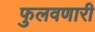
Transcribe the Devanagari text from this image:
फुलवणारी